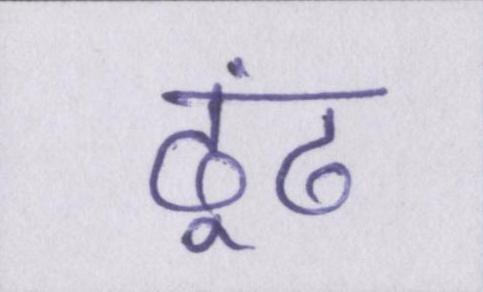
ढूंढ